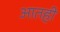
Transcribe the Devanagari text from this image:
आतही